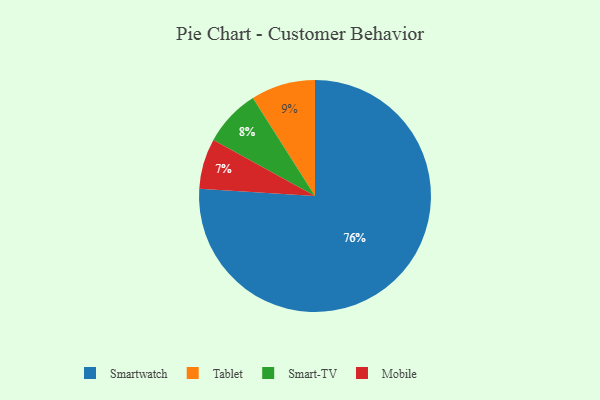
{"axis": {"x": "Category", "y": "Percentage"}, "legend": ["Mobile", "Smart-TV", "Smartwatch", "Tablet"], "data": [{"x": "Smart-TV", "y": 8, "type": "Smart-TV"}, {"x": "Smartwatch", "y": 76, "type": "Smartwatch"}, {"x": "Mobile", "y": 7, "type": "Mobile"}, {"x": "Tablet", "y": 9, "type": "Tablet"}]}